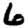
Digit: 6